Indian journal of veterinary science and animal husbandry - Volume 13,
Year: 1943
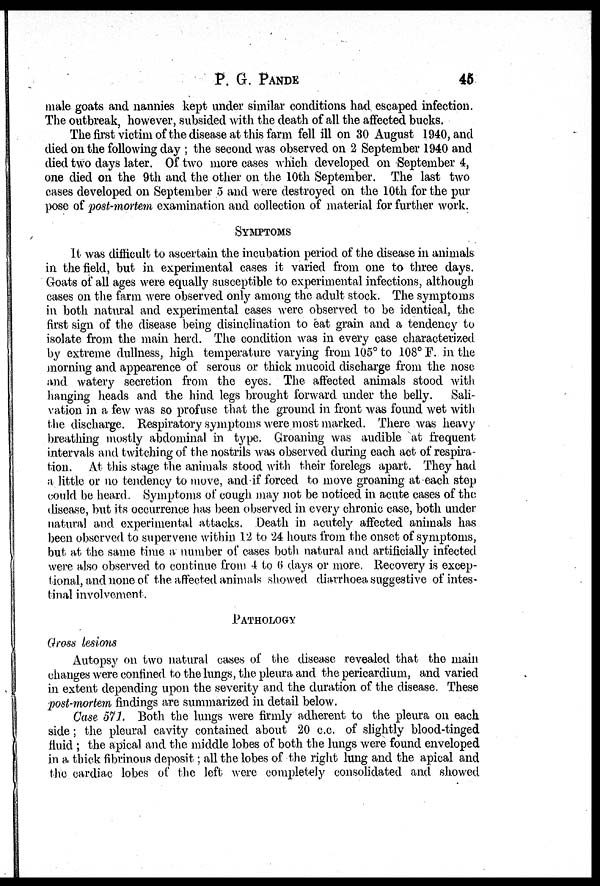
P. G. PANDE 45
male goats and nannies kept under similar conditions had escaped infection.
The outbreak, however, subsided with the death of all the affected bucks.
The first victim of the disease at this farm fell ill on 30 August 1940, and
died on the following day ; the second was observed on 2 September 1940 and
died two days later. Of two more cases which developed on September 4,
one died on the 9th and the other on the 10th September. The last two
cases developed on September 5 and were destroyed on the 10th for the pur
pose of post-mortem examination and collection of material for further work.
SYMPTOMS
It was difficult to ascertain the incubation period of the disease in animals
in the field, but in experimental cases it varied from one to three days.
Goats of all ages were equally susceptible to experimental infections, although
cases on the farm were observed only among the adult stock. The symptoms
in both natural and experimental cases were observed to be identical, the
first sign of the disease being disinclination to eat grain and a tendency to
isolate from the main herd. The condition was in every case characterized
by extreme dullness, high temperature varying from 105° to .108° F. in the
morning and appearence of serous or thick mucoid discharge from the nose
and watery secretion from the eyes. The affected animals stood with
hanging heads and the hind legs brought forward under the belly. Sali-
vation in a few was so profuse that the ground in front was found wet with
the discharge. Respiratory symptoms were most marked. There was heavy
breathing mostly abdominal, in type. Groaning was audible at frequent
intervals and twitching of the nostrils was observed during each act of respira-
tion. At this stage the animals stood with their forelegs apart. They had
a little or no tendency to move, and if forced to move groaning at each step
could be heard. Symptoms of cough may not be noticed in acute cases of the
disease, but its occurrence has been observed in every chronic case, both under
natural and experimental attacks. Death in acutely affected animals has
been observed to supervene within 1. 2 to 24 hours from the onset of symptoms,
but at the same time a number of cases both natural and artificially infected
were also observed to continue from 4 to 6 days or more. Recovery is excep-
tional, and none of the affected animals showed diarrhoea suggestive of intes-
tinal involvement.
PATHOLOGY
Gross lesions
Autopsy on two natural cases of the disease revealed that the main
changes were confined to the lungs, the pleura and the pericardium, and varied
in extent depending upon the severity and the duration of the disease. These
post-mortem findings are summarized in detail below.
Case 571. Both the lungs were firmly adherent to the pleura on each
side ; the pleural cavity contained about 20 c.c. of slightly blood-tinged
fluid ; the apical and the middle lobes of both the lungs were found enveloped
in a thick fibrinous deposit; all the lobes of the right lung and the apical and
the cardiac lobes of the left were completely consolidated and showed